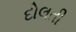
દોલતી